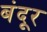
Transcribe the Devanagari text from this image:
बंदूर